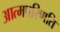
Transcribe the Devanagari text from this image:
आत्मपरिणति